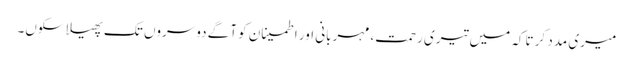
میری مدد کر تاکہ میں تیری رحمت، مہربانی اور اطمینان کو آگے دوسروں تک پھیلا سکوں۔